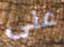
على